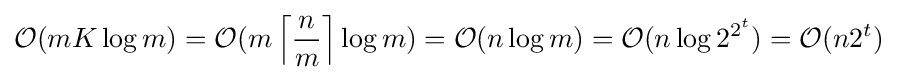
{\mathcal {O}}(mK\log m)={\mathcal {O}}(m\left\lceil {\frac {n}{m}}\right\rceil \log m)={\mathcal {O}}(n\log m)={\mathcal {O}}(n\log 2^{2^{t}})={\mathcal {O}}(n2^{t})